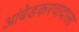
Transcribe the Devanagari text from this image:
आंबेडकरवादाला